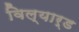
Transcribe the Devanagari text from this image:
विल्यार्ड